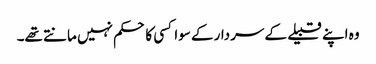
وہ اپنے قبیلے کے سردار کے سوا کسی کا حکم نہیں مانتے تھے۔